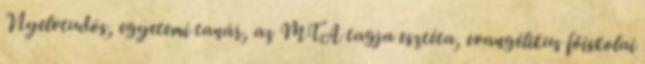
Nyelvtudós, egyetemi tanár, az MTA tagja esztéta, evangélikus főiskolai